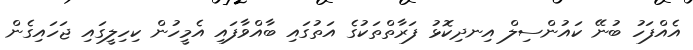
އެއްފަހު ބުނޭ ކައުންސިލް އިނދިކޮޅު ފަރާތްތަކުގެ އަތުގައި ބާއްވާފައި އެމީހުން ކިހިލީގައި ޖަހައިގެން